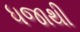
ધજાથી